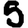
Digit: 5